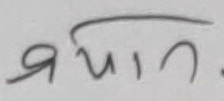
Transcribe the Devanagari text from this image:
रुमन